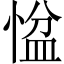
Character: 𢞂